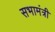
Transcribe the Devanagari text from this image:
सभामंत्री